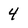
Character: 4